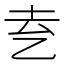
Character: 𬼝